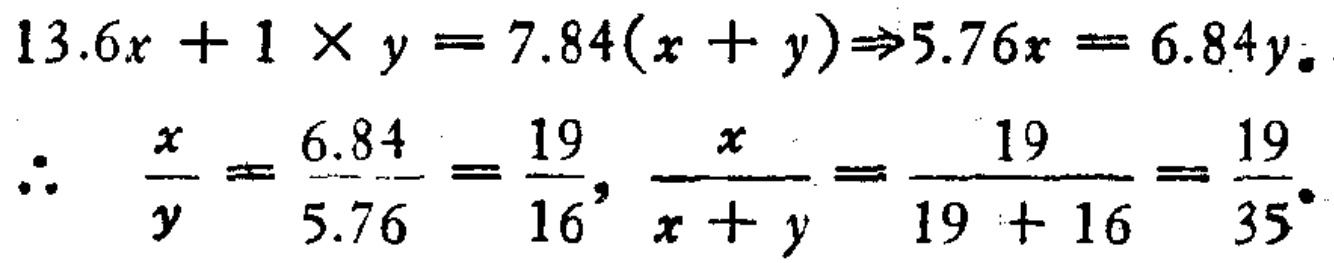
\[
\begin{align*}
13.6x + 1\times y&=7.84(x + y)\Rightarrow5.76x = 6.84y\\
\therefore\quad\frac{x}{y}&=\frac{6.84}{5.76}=\frac{19}{16},\frac{x}{x + y}=\frac{19}{19 + 16}=\frac{19}{35}
\end{align*}
\]